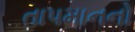
તાપમાનનો